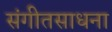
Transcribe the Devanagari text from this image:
संगीतसाधना